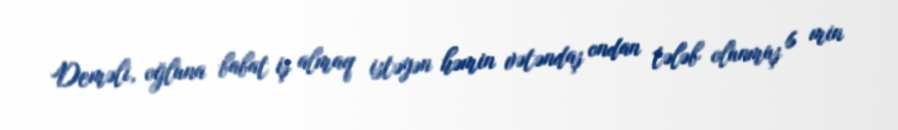
Deməli, oğluna babat iş almaq istəyən həmin vətəndaş ondan tələb olunmuş 6 min